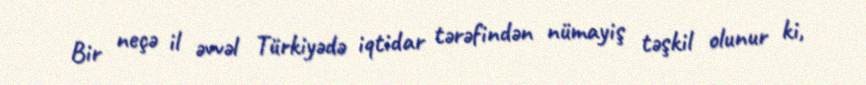
Bir neçə il əvvəl Türkiyədə iqtidar tərəfindən nümayiş təşkil olunur ki,